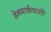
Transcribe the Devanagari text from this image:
डेनमार्कवासी